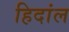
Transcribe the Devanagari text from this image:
हिदांल